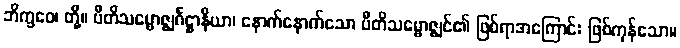
ဘိက္ခဝေ၊ တို့။ ပီတိသမ္ဗောဇ္ဈင်္ဂဋ္ဌာနိယာ၊ နောက်နောက်သော ပီတိသမ္ဗောဇ္ဈင်၏ ဖြစ်ရာအကြောင်း ဖြစ်ကုန်သော။